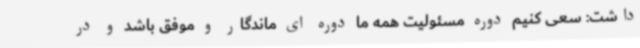
داشت: سعی کنیم دوره مسئولیت همه ما دوره ای ماندگار و موفق باشد و در